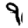
Digit: 9